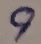
Text: 9